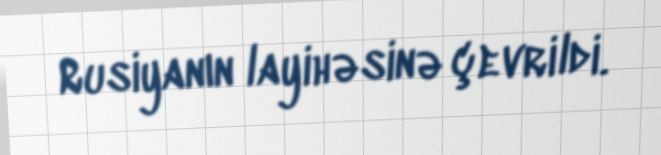
Rusiyanın layihəsinə çevrildi.